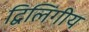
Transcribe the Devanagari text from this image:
द्विलिंगीय